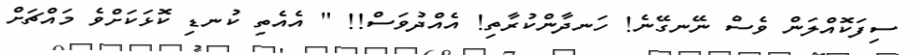
ސިފަކޮއްލަން ވެސް ނޭނގޭނެ! ހަނދާންކުރާތި! އެއްދުވަސް!! " އެއެތި ކުނޑި ކޮޅަކަށްވެ މައްޗަށް